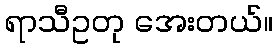
ရာသီဥတု အေးတယ်။